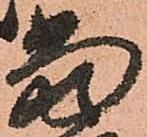
當